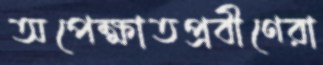
অপেক্ষাতপ্রবীণেরা